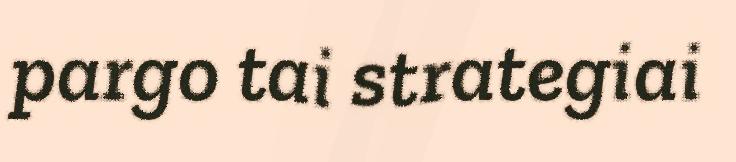
pargo tai strategiai